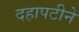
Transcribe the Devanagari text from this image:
दहापटीने